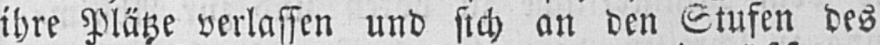
ihre Plätze verlassen und sich an den Stufen des